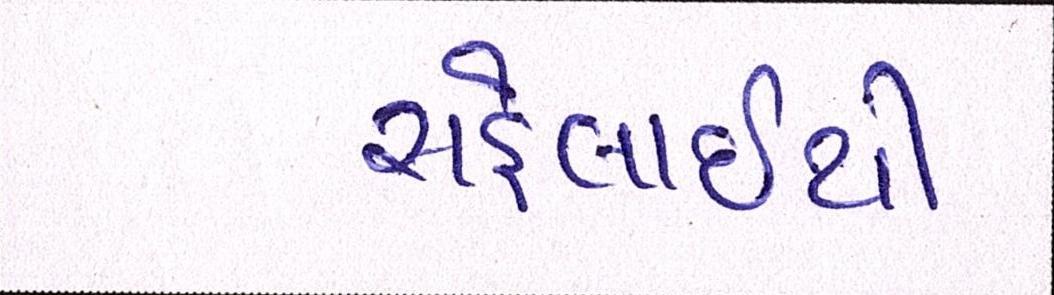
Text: સહેલાઇથી